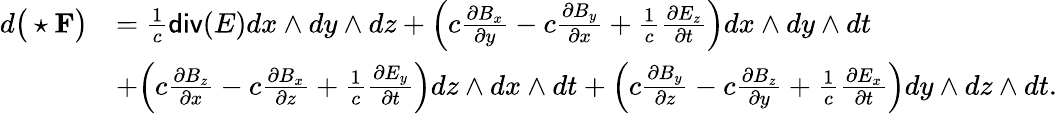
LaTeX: \begin{array}{rl}{d\big(\star{\mathbf F}\big)}&{=\frac{1}{c}\mathsf{div}(E)dx\wedge dy\wedge dz+\Big(c\frac{\partial B_{x}}{\partial y}-c\frac{\partial B_{y}}{\partial x}+\frac{1}{c}\frac{\partial E_{z}}{\partial t}\Big)dx\wedge dy\wedge dt}\\ &{+\Big(c\frac{\partial B_{z}}{\partial x}-c\frac{\partial B_{x}}{\partial z}+\frac{1}{c}\frac{\partial E_{y}}{\partial t}\Big)dz\wedge dx\wedge dt+\Big(c\frac{\partial B_{y}}{\partial z}-c\frac{\partial B_{z}}{\partial y}+\frac{1}{c}\frac{\partial E_{x}}{\partial t}\Big)dy\wedge dz\wedge dt.}\end{array}